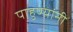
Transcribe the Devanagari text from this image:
पाहुण्यांनी